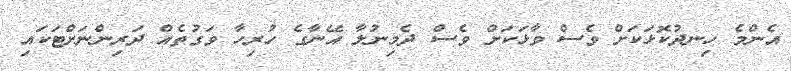
އެންމެ ހިނދުކޮޅަކަށް ވެސް ވާޅަކަށް ވެސް ދެމިނުލާ އޭނާގެ ހުރިހާ ވަގުތެއް ދަރިންނަށްޓަކައި